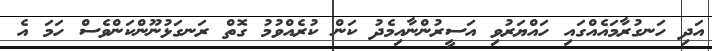
އަދި ހަނގުރާމައެއްގައި ހައްޔަރުވި އަސީރުންނާއިމެދު ކަން ކުރެއްވުމު ގޮތް ރަނގަޅުނޫންކަންވެސް ހަމަ އެ